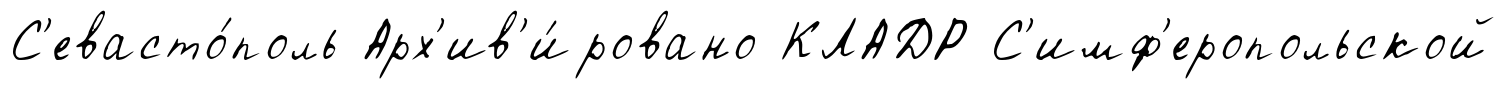
С'евасто́поль Арх'ив'и́ровано КЛАДР С'имф'еропольской